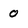
Character: 0